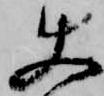
使